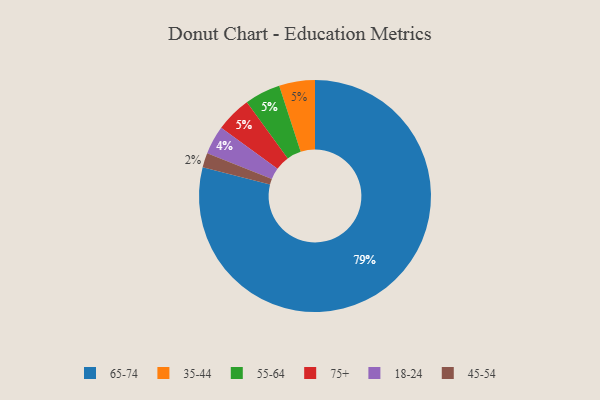
{"axis": {"x": "Category", "y": "Percentage"}, "legend": ["18-24", "35-44", "45-54", "55-64", "65-74", "75+"], "data": [{"x": "35-44", "y": 5, "type": "35-44"}, {"x": "18-24", "y": 4, "type": "18-24"}, {"x": "55-64", "y": 5, "type": "55-64"}, {"x": "45-54", "y": 2, "type": "45-54"}, {"x": "75+", "y": 5, "type": "75+"}, {"x": "65-74", "y": 79, "type": "65-74"}]}